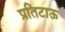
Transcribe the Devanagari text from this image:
प्रतिटाऊ